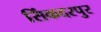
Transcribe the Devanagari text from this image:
सिंकदरपुर